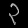
Digit: ၃